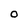
Character: 0